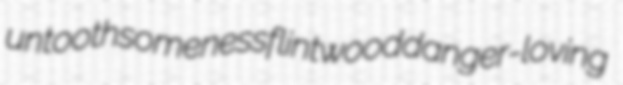
untoothsomeness flintwood danger-loving